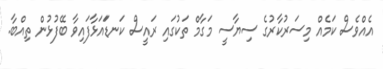
އެއްވެސް ކަމެއް މިސަރުކާރުގެ ސިޔާސީ މަގާމް ތަކުގައި ރައީސް ކަނޑަައަޅާފައިވާ ބޭފުޅުން ތިއްބާ.